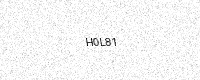
Text: H0L81